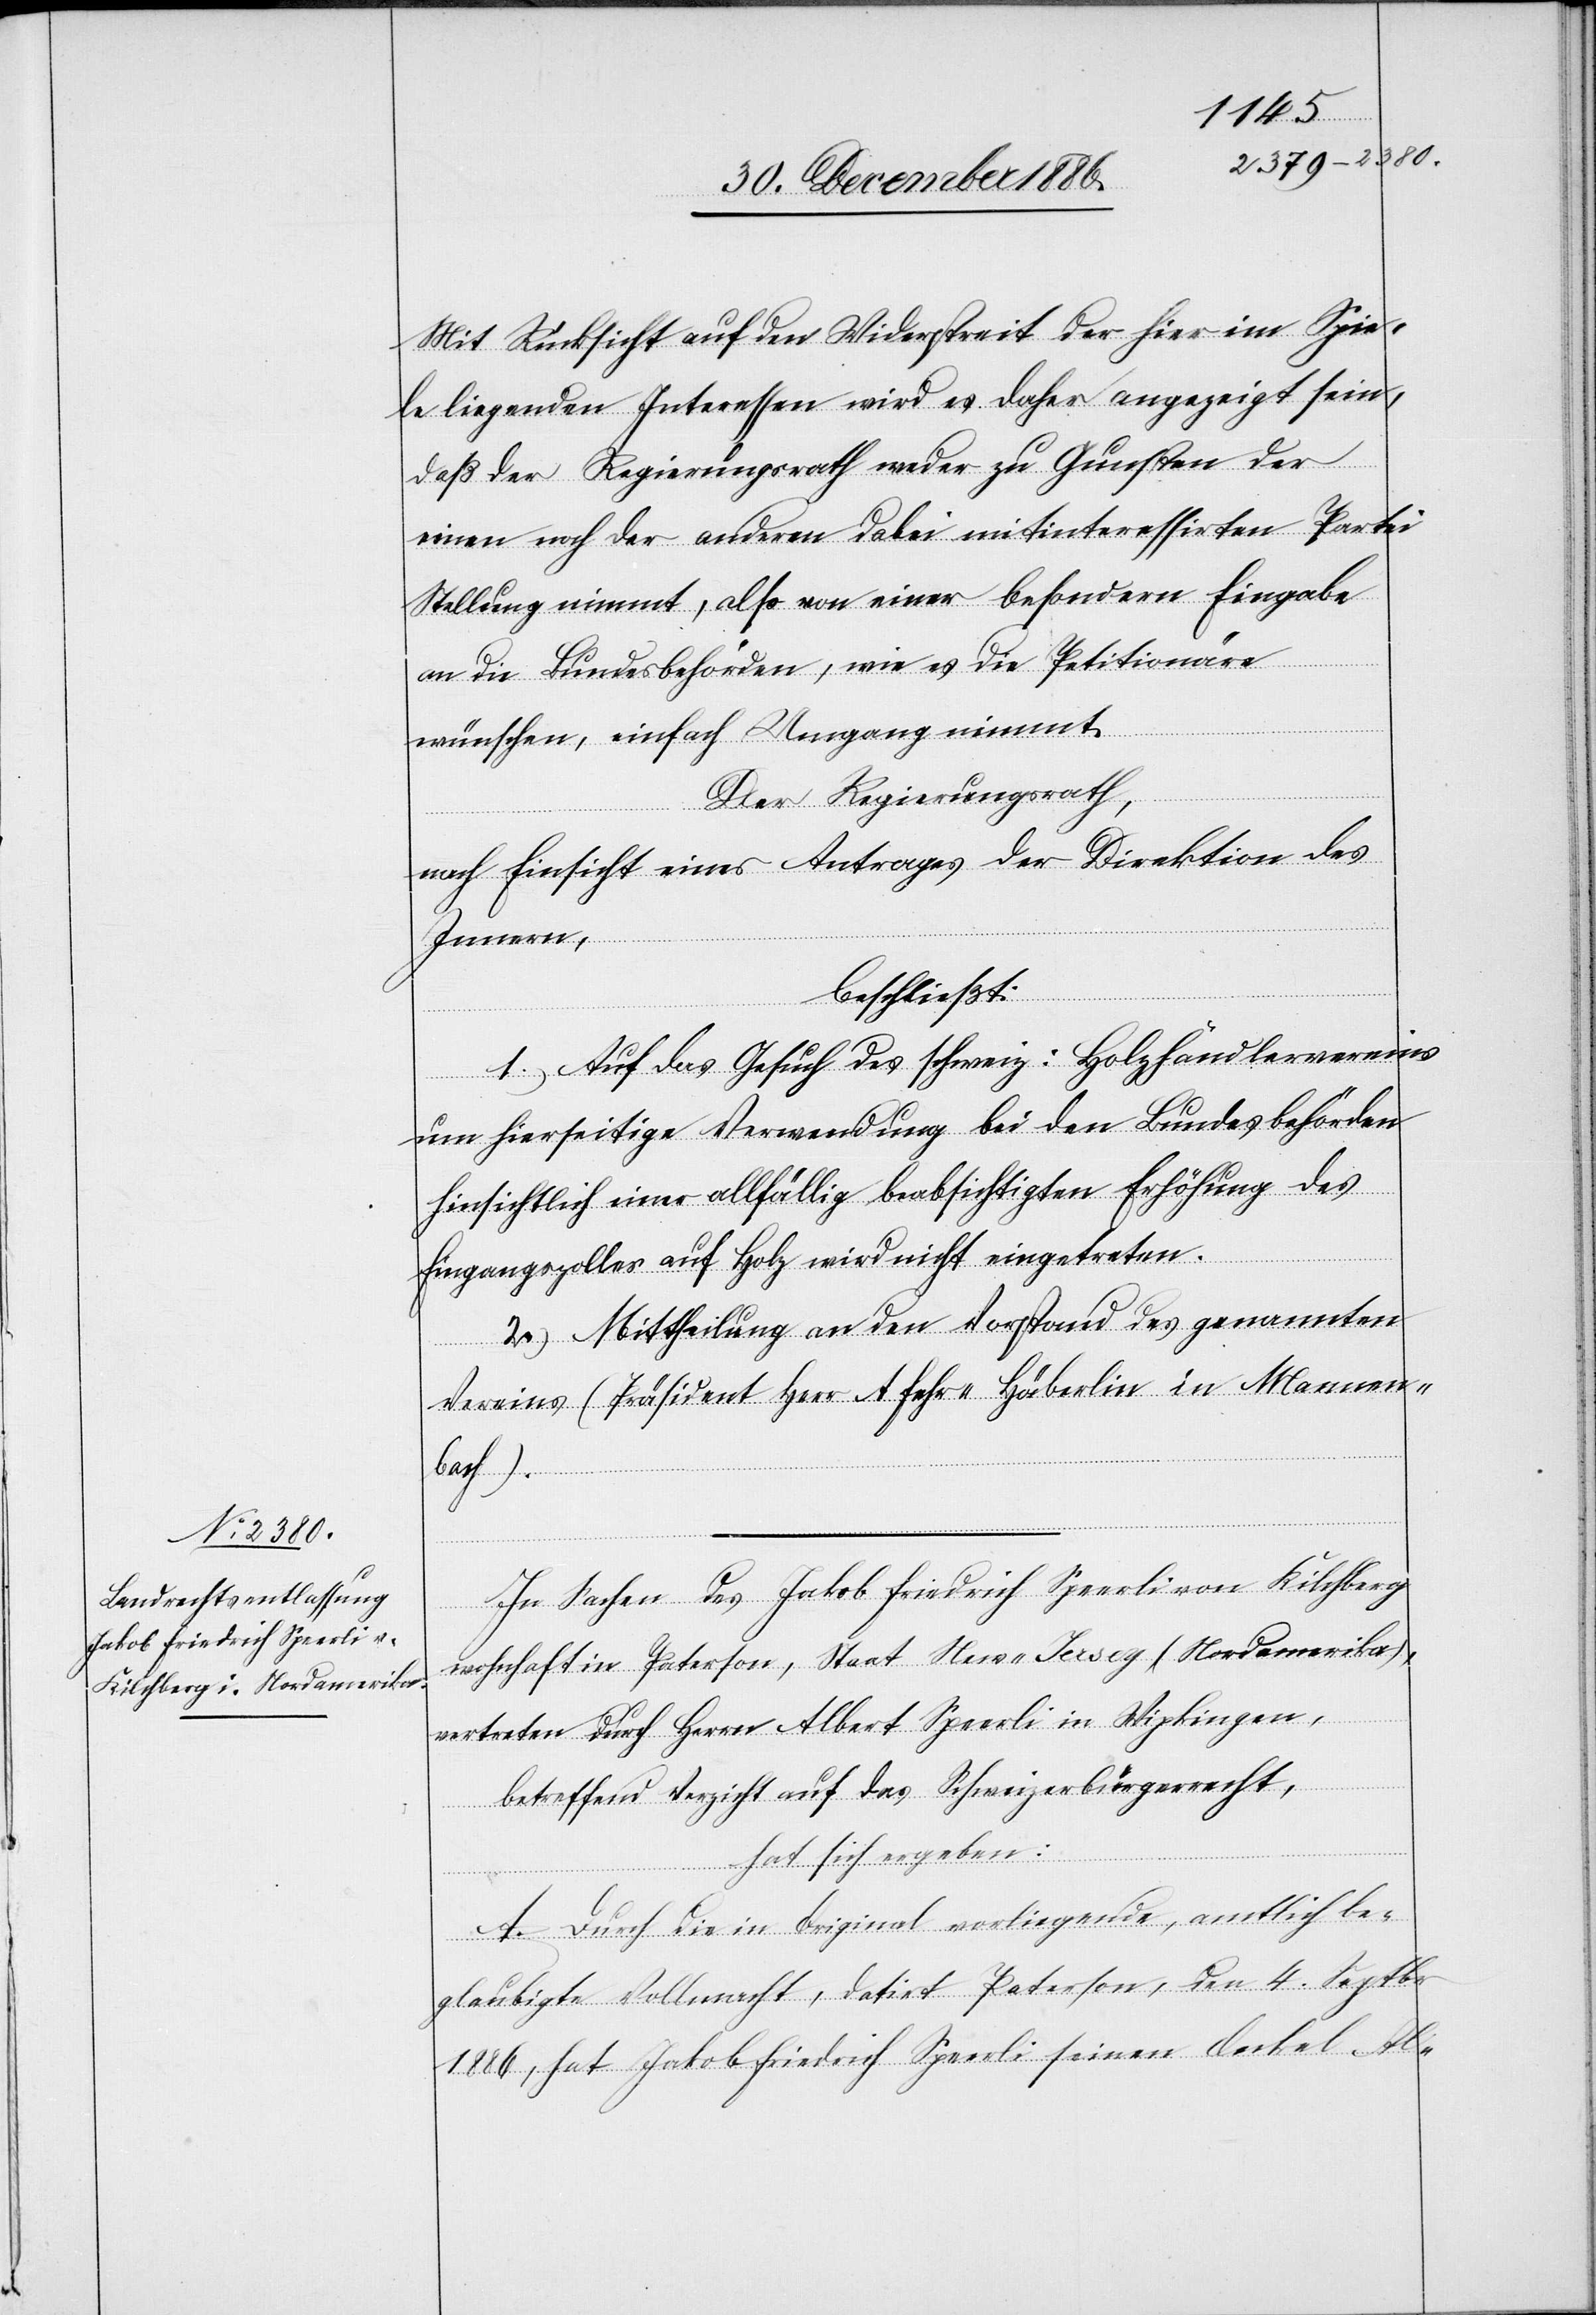
Mit Rücksicht auf den Widerstreit der hier im Spie¬
le liegenden Interessen wird es daher angezeigt sein,
daß der Regierungsrath weder zu Gunsten der
einen noch der anderen dabei mitinteressirten Partei
Stellung nimmt, also von einer besondern Eingabe
an die Bundesbehörden, wie es die Petitionäre
wünschen, einfach Umgang nimmt.
Der Regierungsrath,
nach Einsicht eines Antrages der Direktion des
Innern,
beschließt:
1.) Auf das Gesuch des schweiz: Holzhändlervereins
um hierseitige Verwendung bei den Bundesbehörden
hinsichtlich einer allfällig beabsichtigten Erhöhung des
Eingangszolles auf Holz wird nicht eingetreten.
2.) Mittheilung an den Vorstand des genannten
Vereins (Präsident Herr A. Fehr-Häberlin in Mannen¬
bach).
In Sachen des Jakob Friedrich Speerli von Kilchberg
wohnhaft in Paterson, Staat New-Jersey (Nordamerika),
vertreten durch Herrn Albert Speerli in Wipkingen,
betreffend Verzicht auf das Schweizerbürgerrecht,
hat sich ergeben:
A. Durch die in Original vorliegende, amtlich be¬
glaubigte Vollmacht, datirt Paterson, den 4. Septbr.
1886, hat Jakob Friedrich Speerli seinen Onkel Al-